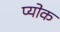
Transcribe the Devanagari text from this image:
प्योक